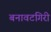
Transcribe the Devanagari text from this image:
बनावटगिरी